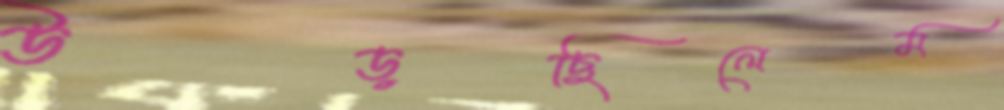
উড়ছিলেম